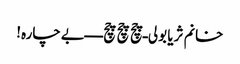
خانم ثریا بولی ـ چچ چچ چچ ـ ـ ـ ـ بےچارہ!